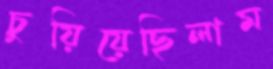
চুয়িয়েছিলাম